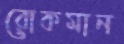
রোকমান